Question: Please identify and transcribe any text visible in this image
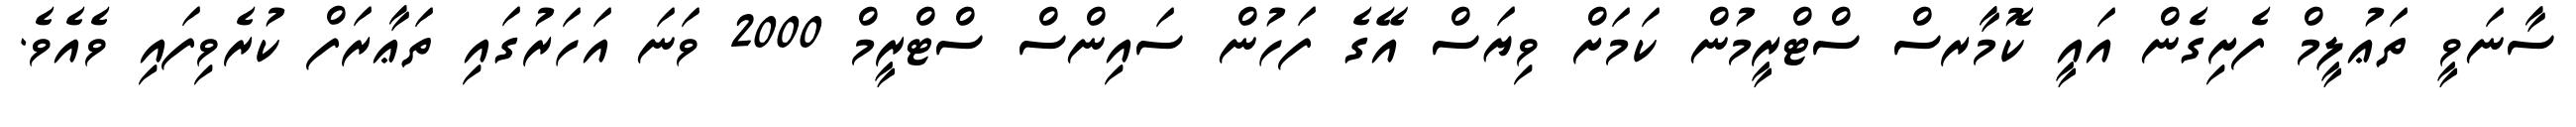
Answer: ސާނަވީ ތަޢުލީމް ފެށިގެން އައީ ކޮމާރސް ސްޓްރީމުން ކަމަށް ވިޔަސް އޭގެ ފަހުން ސައިންސް ސްޓްރީމް 2000 ވަނަ އަހަރުގައި ތަޢާރަފް ކުރެވިފައި ވެއެވެ.